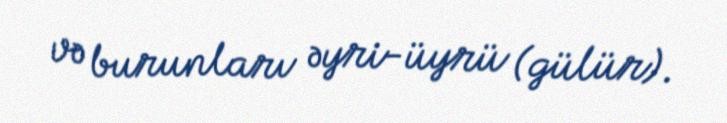
və burunları əyri-üyrü (gülür).